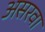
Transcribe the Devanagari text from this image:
असरवा